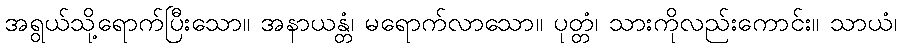
အရွယ်သို့ရောက်ပြီးသော။ အနာယန္တံ၊ မရောက်လာသော။ ပုတ္တံ၊ သားကိုလည်းကောင်း။ သာယံ၊